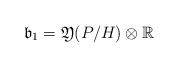
LaTeX: \begin{align*}\mathfrak{b}_1 = \mathfrak{Y}(P/H) \otimes \mathbb{R}\end{align*}